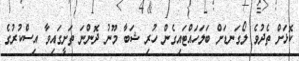
ކޮޅަށް ތެދުވެ ލޯގަނޑަށް ބަލަހައްޓައިގެން ހުރި ޝަބާ މޫނު ދޮންނަ ތަށީގައިވާ އިސްކުރުގެ